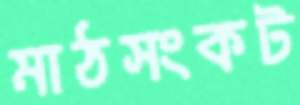
মাঠসংকট